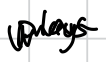
Text: plays
Cross-out: zig-zag
Writing tool: digital_black